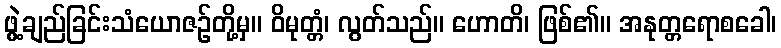
ဖွဲ့ချည်ခြင်းသံယောဇဉ်တို့မှ။ ဝိမုတ္တံ၊ လွတ်သည်။ ဟောတိ၊ ဖြစ်၏။ အနုတ္တရောစခေါ၊